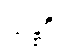
သန္ထရိ